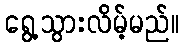
ရွေ့သွားလိမ့်မည်။